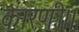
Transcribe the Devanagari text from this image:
कारणी।।